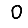
Digit: 0